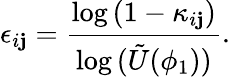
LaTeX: {\epsilon_{i\mathbf{j}}}=\frac{{\log{(1-\kappa_{i\mathbf{j}})}}}{{\log{(\tilde{{U}}(\phi_{1}))}}}.